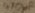
Text: 470µF